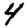
Digit: 4